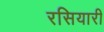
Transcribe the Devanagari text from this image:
रसियारी